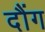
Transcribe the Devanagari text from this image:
दौंग